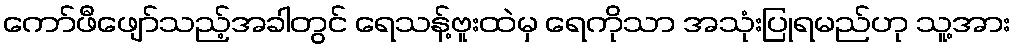
ကော်ဖီဖျော်သည့်အခါတွင် ရေသန့်ဗူးထဲမှ ရေကိုသာ အသုံးပြုရမည်ဟု သူ့အား